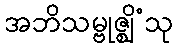
အဘိသမ္ဗုဇ္ဈိံသု